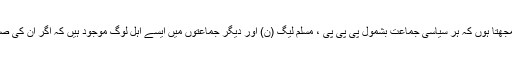
میں کھل کر رائے دینے پر یقین رکھتا ہوں اور اپنے طویل سیاسی تجربے کی بنیاد پر میں یہ سمجھتا ہوں کہ ہر سیاسی جماعت بشمول پی پی پی ، مسلم لیگ (ن) اور دیگر جماعتوں میں ایسے اہل لوگ موجود ہیں کہ اگر اُن کی صلاحیتوں کو بروئے کار لایا جائے تو موجودہ صورتِ حال میں معاملات کہیں بہتر ہوسکتے ہیں۔